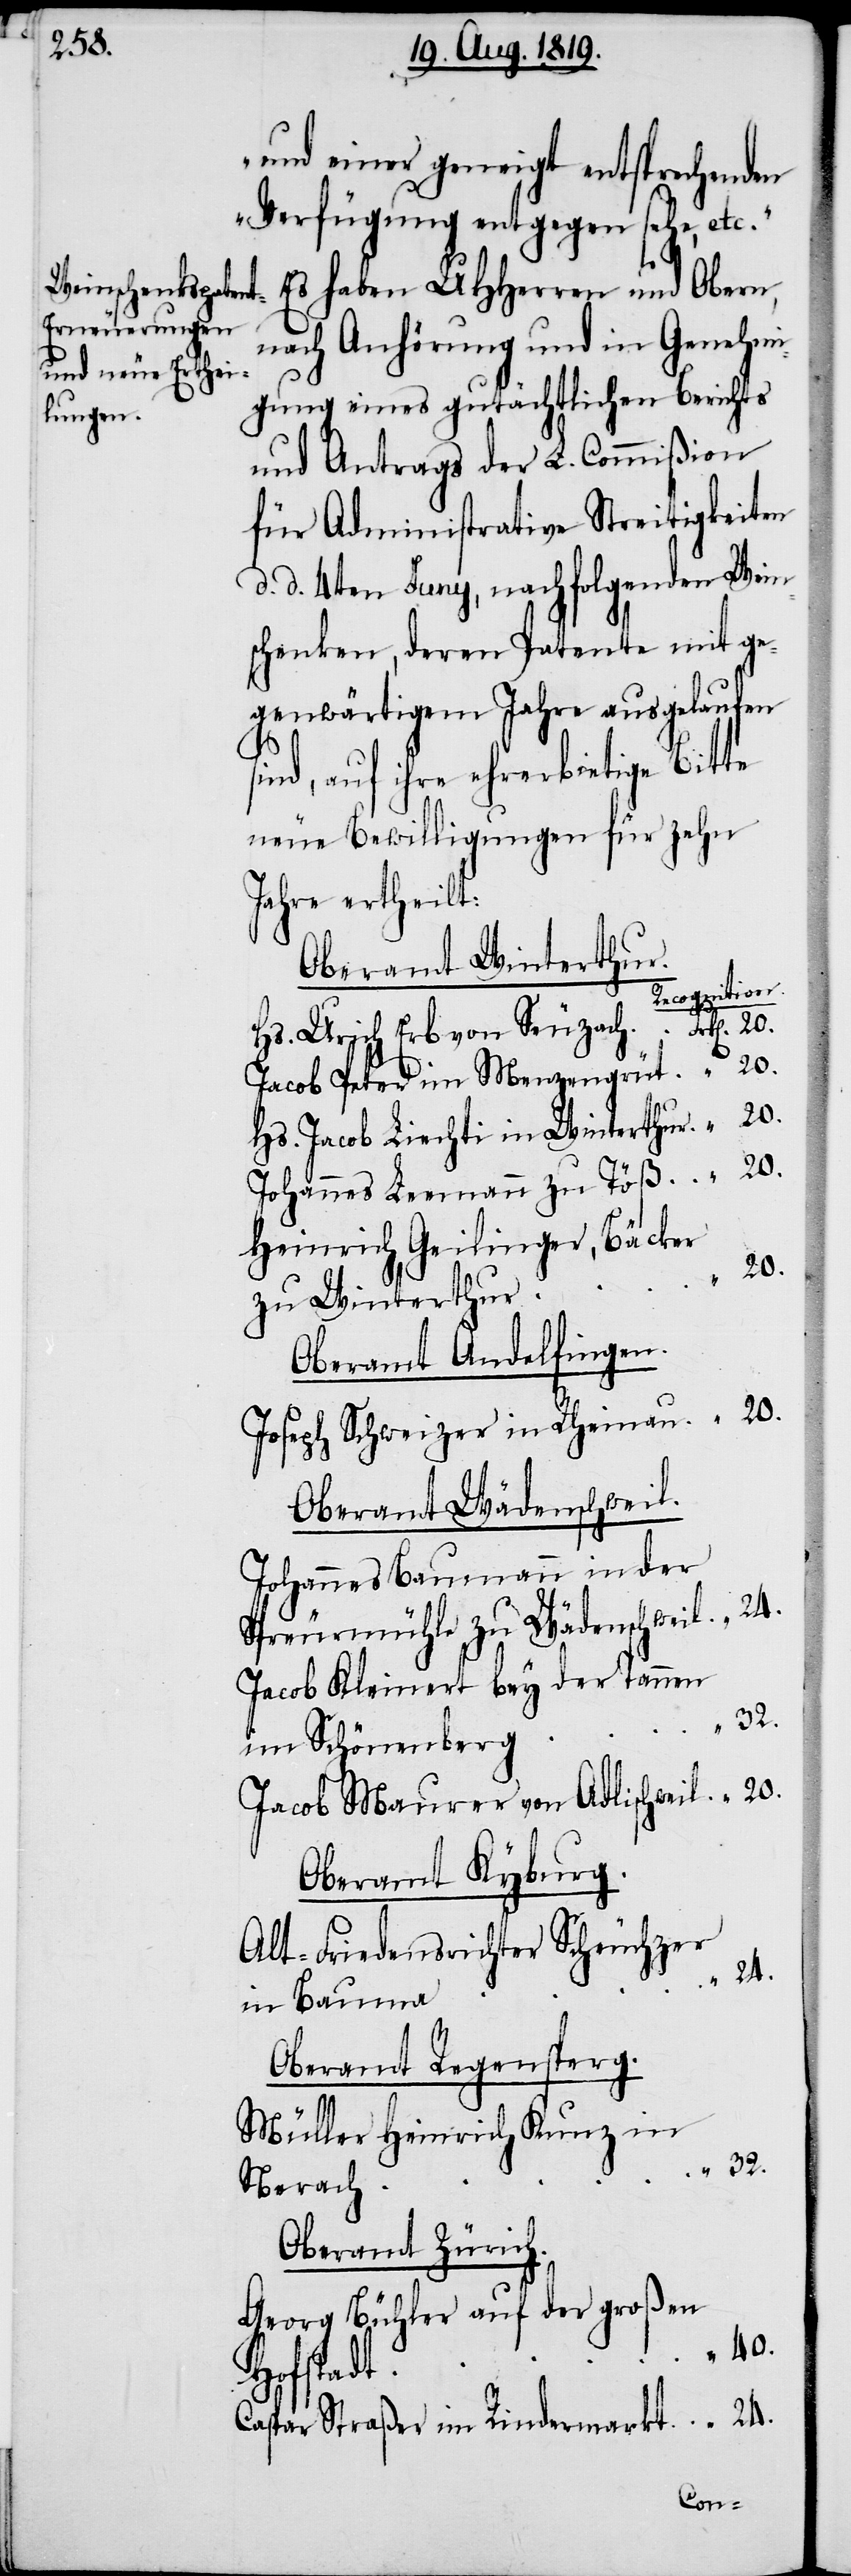
und einer geneigt entsprechenden
Verfügung entgegen sehe, etc.“
Es haben UHHerren und Obern,
nach Anhörung und in Genehmi¬
gung eines gutächtlichen Berichts
und Antrags der L. Commißion
für Administrative Streitigkeiten
d. d. 4ten Juny, nachfolgenden Wein¬
schenken, deren Patente mit ge¬
genwärtigem Jahre ausgelaufen
sind, auf ihre ehrerbietige Bitte
Jahre ertheilt:
Oberamt Winterthur.
Recognition.
Jacob Peter im Menzengrüt
Hs. Jacob Liechti in Winterthur
Johannes Leemann zu Töß
Heinrich Geilinger, Bäcker
20.
zu Winterthur
Oberamt Andelfingen.
Joseph Schweizer in Rheinau
Oberamt Wädenschweil.
Johannes Baumann in der
Spreurmühle zu Wädenschweil
Jacob Kleinert bey der Tannen
32.
im Schönenberg
Jacob Maurer von Adlischweil
Oberamt Kyburg.
Alt-Friedensrichter Scheuchzer
24.
in Bauma
Oberamt Regensperg.
Müller Heinrich Kunz in
Nerach
Oberamt Zürich.
Georg Büchler auf der großen
40.
Hofstadt
Caspar Straßer im Rindermarkt